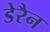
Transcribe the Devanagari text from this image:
डेरैन